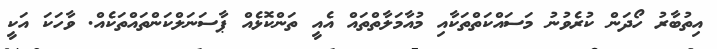
އިތުބާރު ހޯދަން ކުރެވުނު މަސައްކަތްތަކާއި މުއާމަލާތްތައް އެއީ ތަންކޮޅެއް ޕާސަނަލްކަންތައްތަކެއް. ވާހަކަ އަކީ